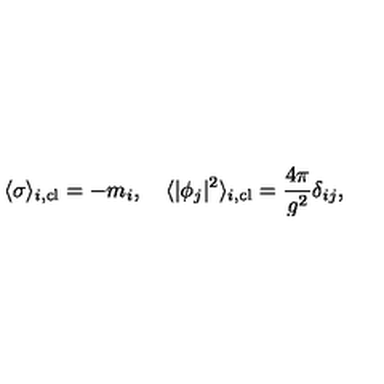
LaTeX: \langle \sigma \rangle _ { i , \mathrm { c l } } = - m _ { i } , \quad \langle | \phi _ { j } | ^ { 2 } \rangle _ { i , \mathrm { c l } } = { \frac { 4 \pi } { g ^ { 2 } } } \delta _ { i j } ,